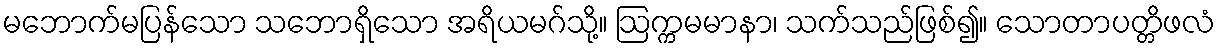
မဘောက်မပြန်သော သဘောရှိသော အရိယမဂ်သို့။ ဩက္ကမမာနာ၊ သက်သည်ဖြစ်၍။ သောတာပတ္တိဖလံ